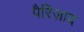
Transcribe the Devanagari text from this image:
पैरिज़ाद